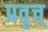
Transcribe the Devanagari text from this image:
प्रवृत्त्